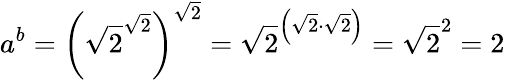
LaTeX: a^{b}=\left({\sqrt{2}}^{\sqrt{2}}\right)^{\sqrt{2}}={\sqrt{2}}^{\left({\sqrt{2}}\cdot{\sqrt{2}}\right)}={\sqrt{2}}^{2}=2